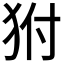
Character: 𤝔